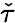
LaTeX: \check{\tau}